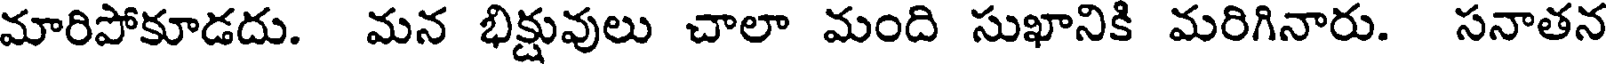
మారిపోకూడదు. మన భిక్షువులు చాలా మంది సుఖానికి మరిగినారు. సనాతన